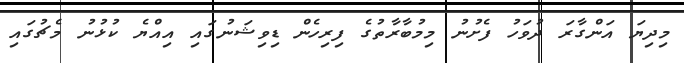
މިދިޔަ އަންގާރަ ދުވަހު ފެށުނު މިމުބާރާތުގެ ފިރިހެން ޑިވިޝަނުގައި އިއްޔެ ކުޅުނު މެޗުގައި